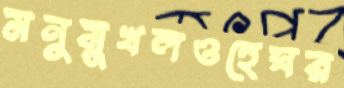
মনুমুখলওহেঘর